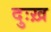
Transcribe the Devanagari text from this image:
दुःख़